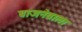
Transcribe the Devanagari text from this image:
बाजनेवाला